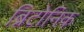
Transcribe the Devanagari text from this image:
ब्रिटोनिक